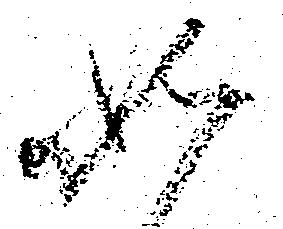
如